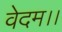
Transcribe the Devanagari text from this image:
वेदम।।